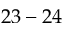
2 3 - 2 4